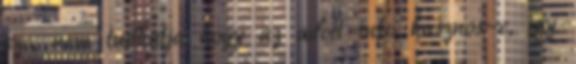
szo, nem tudhatja hogy az adott info hasznos-e, igy